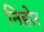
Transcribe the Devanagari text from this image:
निहोर